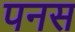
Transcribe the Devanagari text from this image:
पनस